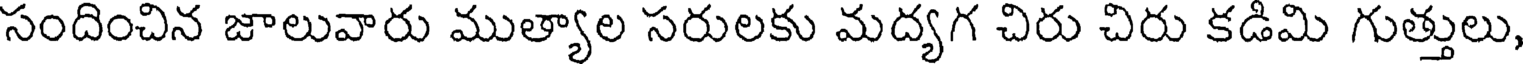
సందించిన జాలువారు ముత్యాల సరులకు మద్యగ చిరు చిరు కడిమి గుత్తులు,